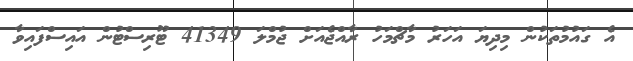
އެ ގައުމުތަކުން މިދިޔަ އަހަރު މާޗްމަހު ރާއްޖެއަށް ޖުމްލަ 41349 ޓޫރިސްޓުން އައިސްފައިވާ